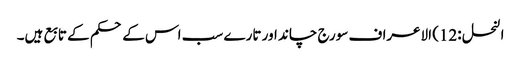
النحل :12) الاعراف سورج چاند اور تارے سب اس کے حکم کے تابع ہیں۔